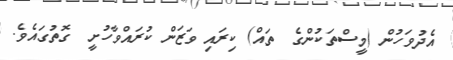
އެދުވަހުން (މީސްތަކުންގެ  ތައް) ކިރައި ވަޒަން ކުރައްވާހުށީ  ގޮތުގައެވެ.